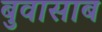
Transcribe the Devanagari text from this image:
बुवासाब